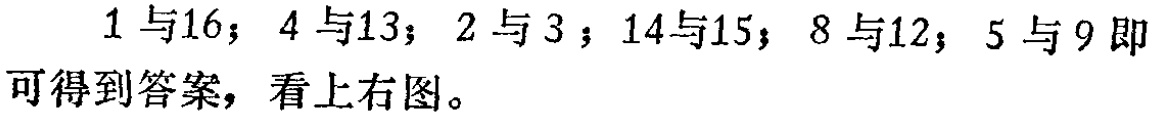
\(1\)与\(16\)；\(4\)与\(13\)；\(2\)与\(3\)；\(14\)与\(15\)；\(8\)与\(12\)；\(5\)与\(9\)即可得到答案，看上右图。